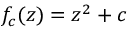
f _ { c } ( z ) = z ^ { 2 } + c